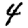
Digit: 4